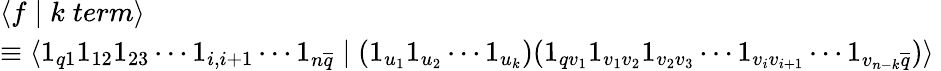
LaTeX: \begin{array}{l}{{\langle f\mid k\; term\rangle}}\\ {{\equiv\langle 1_{q1}1_{12}1_{23}\cdots 1_{i,i+1}\cdots 1_{n\overline{{{q}}}}\mid(1_{u_{1}}1_{u_{2}}\cdots 1_{u_{k}})(1_{qv_{1}}1_{v_{1}v_{2}}1_{v_{2}v_{3}}\cdots 1_{v_{i}v_{i+1}}\cdots 1_{v_{n-k}\overline{{{q}}}})\rangle\ }}\end{array}